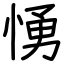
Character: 愑